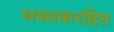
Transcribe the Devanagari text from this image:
मस्तकरहित